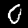
Label: 0